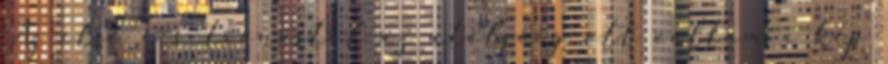
Az első ecsetvonástól az utolsóig ott voltam a kép